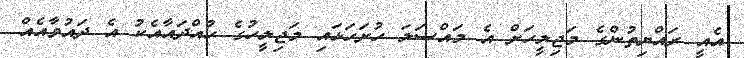
އެއީ ރައްޔިތުންގެ މަޖިލީހަށް އެ މައްސަލަ ހުށަހަޅައި މަޖިލީހުގެ ހުއްދައާއެކު އެ ދައުވާއެއް